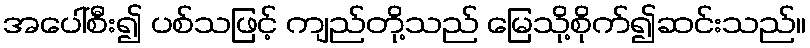
အပေါ်စီး၍ ပစ်သဖြင့် ကျည်တို့သည် မြေသို့စိုက်၍ဆင်းသည်။